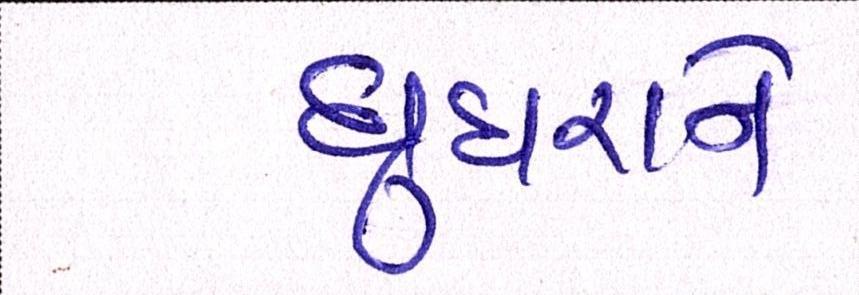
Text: ઘુઘરાને